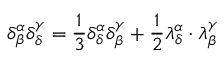
\delta _ { \beta } ^ { \alpha } \delta _ { \delta } ^ { \gamma } = { \frac { 1 } { 3 } } \delta _ { \delta } ^ { \alpha } \delta _ { \beta } ^ { \gamma } + { \frac { 1 } { 2 } } \lambda _ { \delta } ^ { \alpha } \cdot \lambda _ { \beta } ^ { \gamma }